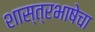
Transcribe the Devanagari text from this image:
शास्त्रभाषेचा